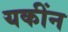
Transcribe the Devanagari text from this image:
यकींन